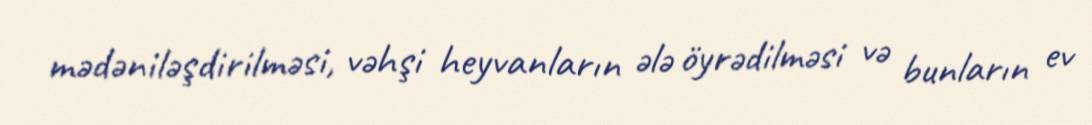
mədəniləşdirilməsi, vəhşi heyvanların ələ öyrədilməsi və bunların ev